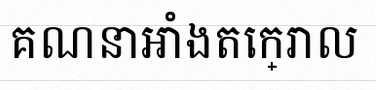
គណនាអាំងតេក្រាល